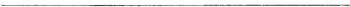
___